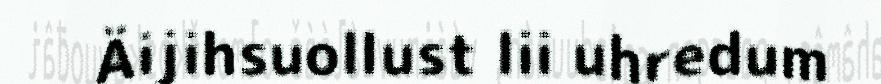
Äijihsuollust lii uhredum